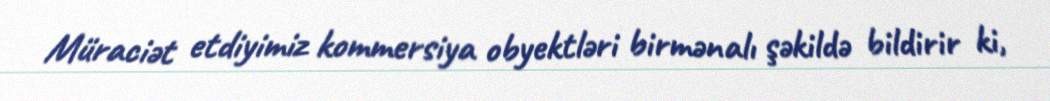
Müraciət etdiyimiz kommersiya obyektləri birmənalı şəkildə bildirir ki,